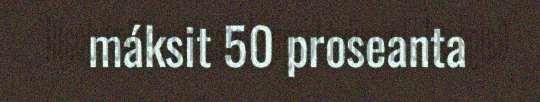
máksit 50 proseanta